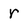
Character: r